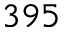
3 9 5